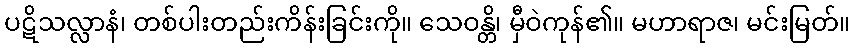
ပဋိသလ္လာနံ၊ တစ်ပါးတည်းကိန်းခြင်းကို။ သေဝန္တိ၊ မှီဝဲကုန်၏။ မဟာရာဇ၊ မင်းမြတ်။